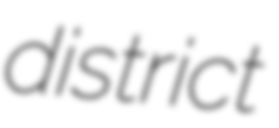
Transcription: district